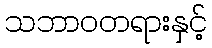
သဘာဝတရားနှင့်